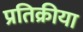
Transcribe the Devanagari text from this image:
प्रतिक्रीया